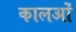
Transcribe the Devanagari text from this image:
कालओं